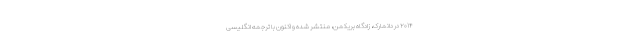
۲۰۱۴ در دانمارک، زادگاه بریکمن، منتشر شده و اکنون با ترجمهٔ انگلیسی